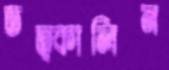
তত্কালিন